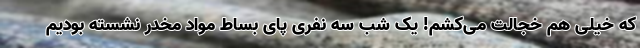
که خیلی هم خجالت می‌کشم! یک شب سه نفری پای بساط مواد مخدر نشسته بودیم